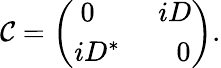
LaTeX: {\cal\mathcal{C}}=\left(\begin{array}{c}{{\ 0\quad\ \ \ \ \ iD}}\\ {{iD^{*}\quad\ \ \ \ 0}}\end{array}\right).